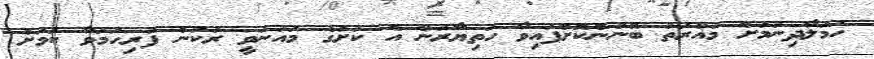
ހަމަލާދިނުމަށް މުއްރަތު ބޭނުންކޮށްފައިވާ ހަތިޔާރުން އެ ކުށުގެ މައުނަވީ ރުކުން ފުރިހަމަވާ ކަމަށް